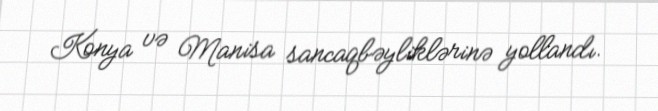
Konya və Manisa sancaqbəyliklərinə yollandı.